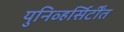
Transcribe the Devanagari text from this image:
युनिव्हर्सिर्टींत